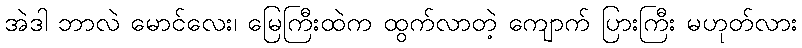
အဲဒါ ဘာလဲ မောင်လေး၊ မြေကြီးထဲက ထွက်လာတဲ့ ကျောက် ပြားကြီး မဟုတ်လား